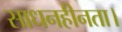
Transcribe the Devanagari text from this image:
साधनहीनता।